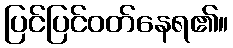
ပြင်ပြင်ဝတ်နေရ၏။